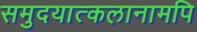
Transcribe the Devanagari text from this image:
समुदयात्कलानामपि